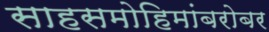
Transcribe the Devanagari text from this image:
साहसमोहिमांबरोबर